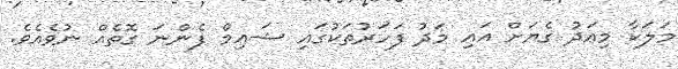
މަލަކާ މިއަދު ގެޔަށް އައި މަދު ފަހަރުތަކުގައި ޝައިމް ފެންނަ ގޮތެއް ނުވެއެވެ.